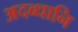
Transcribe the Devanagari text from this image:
अदब्धानि